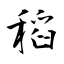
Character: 稻